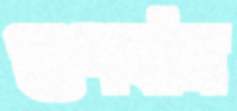
গুণবান